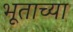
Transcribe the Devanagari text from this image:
भूताच्या